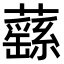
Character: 蘨